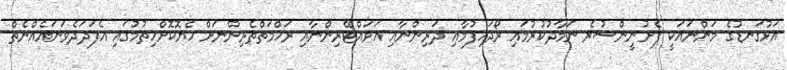
އަޅުގަނޑުގެ މަންނައަކީ ފެށުނީންސުރެ ނަމާދުކުރުމައި ރޯދަހިފުމާއި ދަރިންނާއި އަވައްޓޭރިންނާއި ރަހްމަތްތެރިންނަށް ހެޔޮކޮށްހިތުމުގައި އެފަދަދެވަނައެއްނެތް